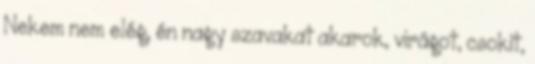
Nekem nem elég, én nagy szavakat akarok, virágot, csokit,